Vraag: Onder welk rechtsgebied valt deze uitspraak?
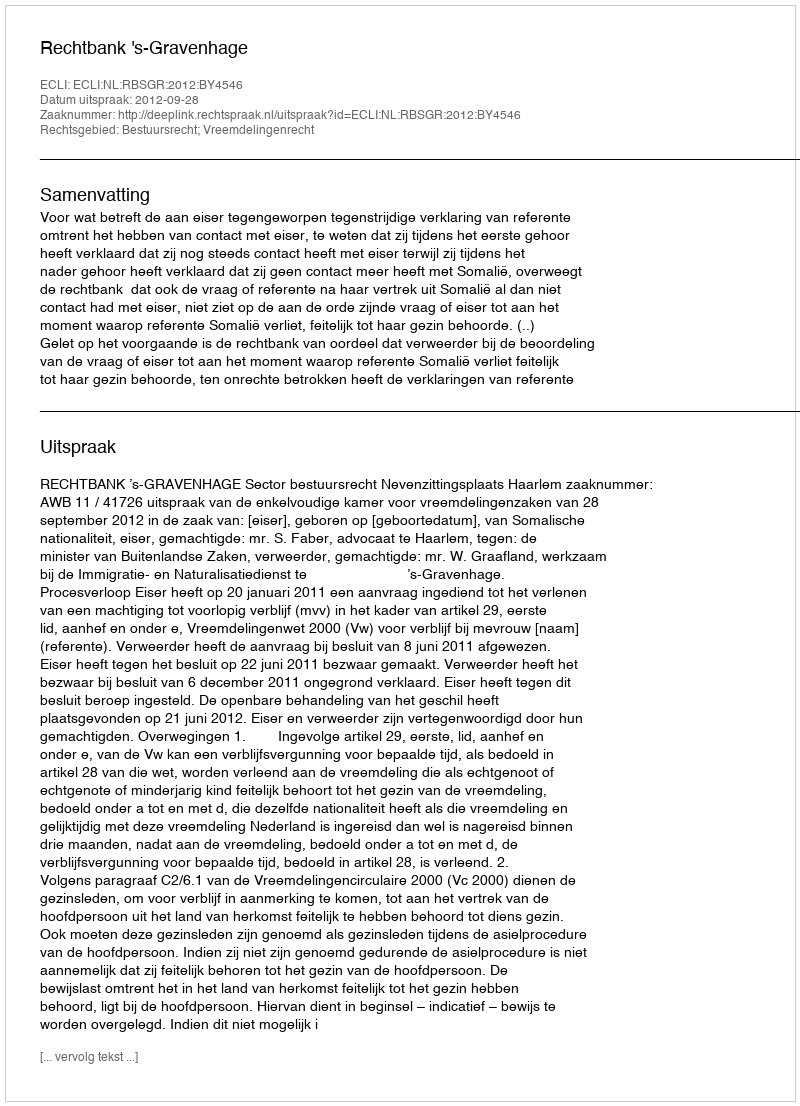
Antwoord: Bestuursrecht; Vreemdelingenrecht